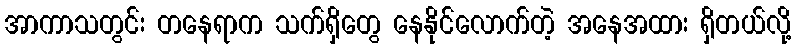
အာကာသတွင်း တနေရာက သက်ရှိတွေ နေနိုင်လောက်တဲ့ အနေအထား ရှိတယ်လို့